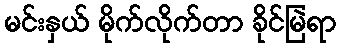
မင်းနှယ် မိုက်လိုက်တာ ခိုင်မြဲရာ